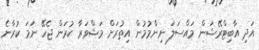
އަދި އާބިޓްރޭޝަން މައްސަލަ ނިންމުމުން އިތުރަށް މަޝްވަރާ ކުރަން ޖެހޭ ނަމަ ކުރާނެ